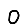
Digit: 0